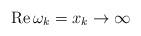
LaTeX: \begin{align*} {\rm Re}\, \omega_k = x_k \rightarrow \infty \end{align*}